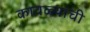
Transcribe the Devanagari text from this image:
कावळ्यांची